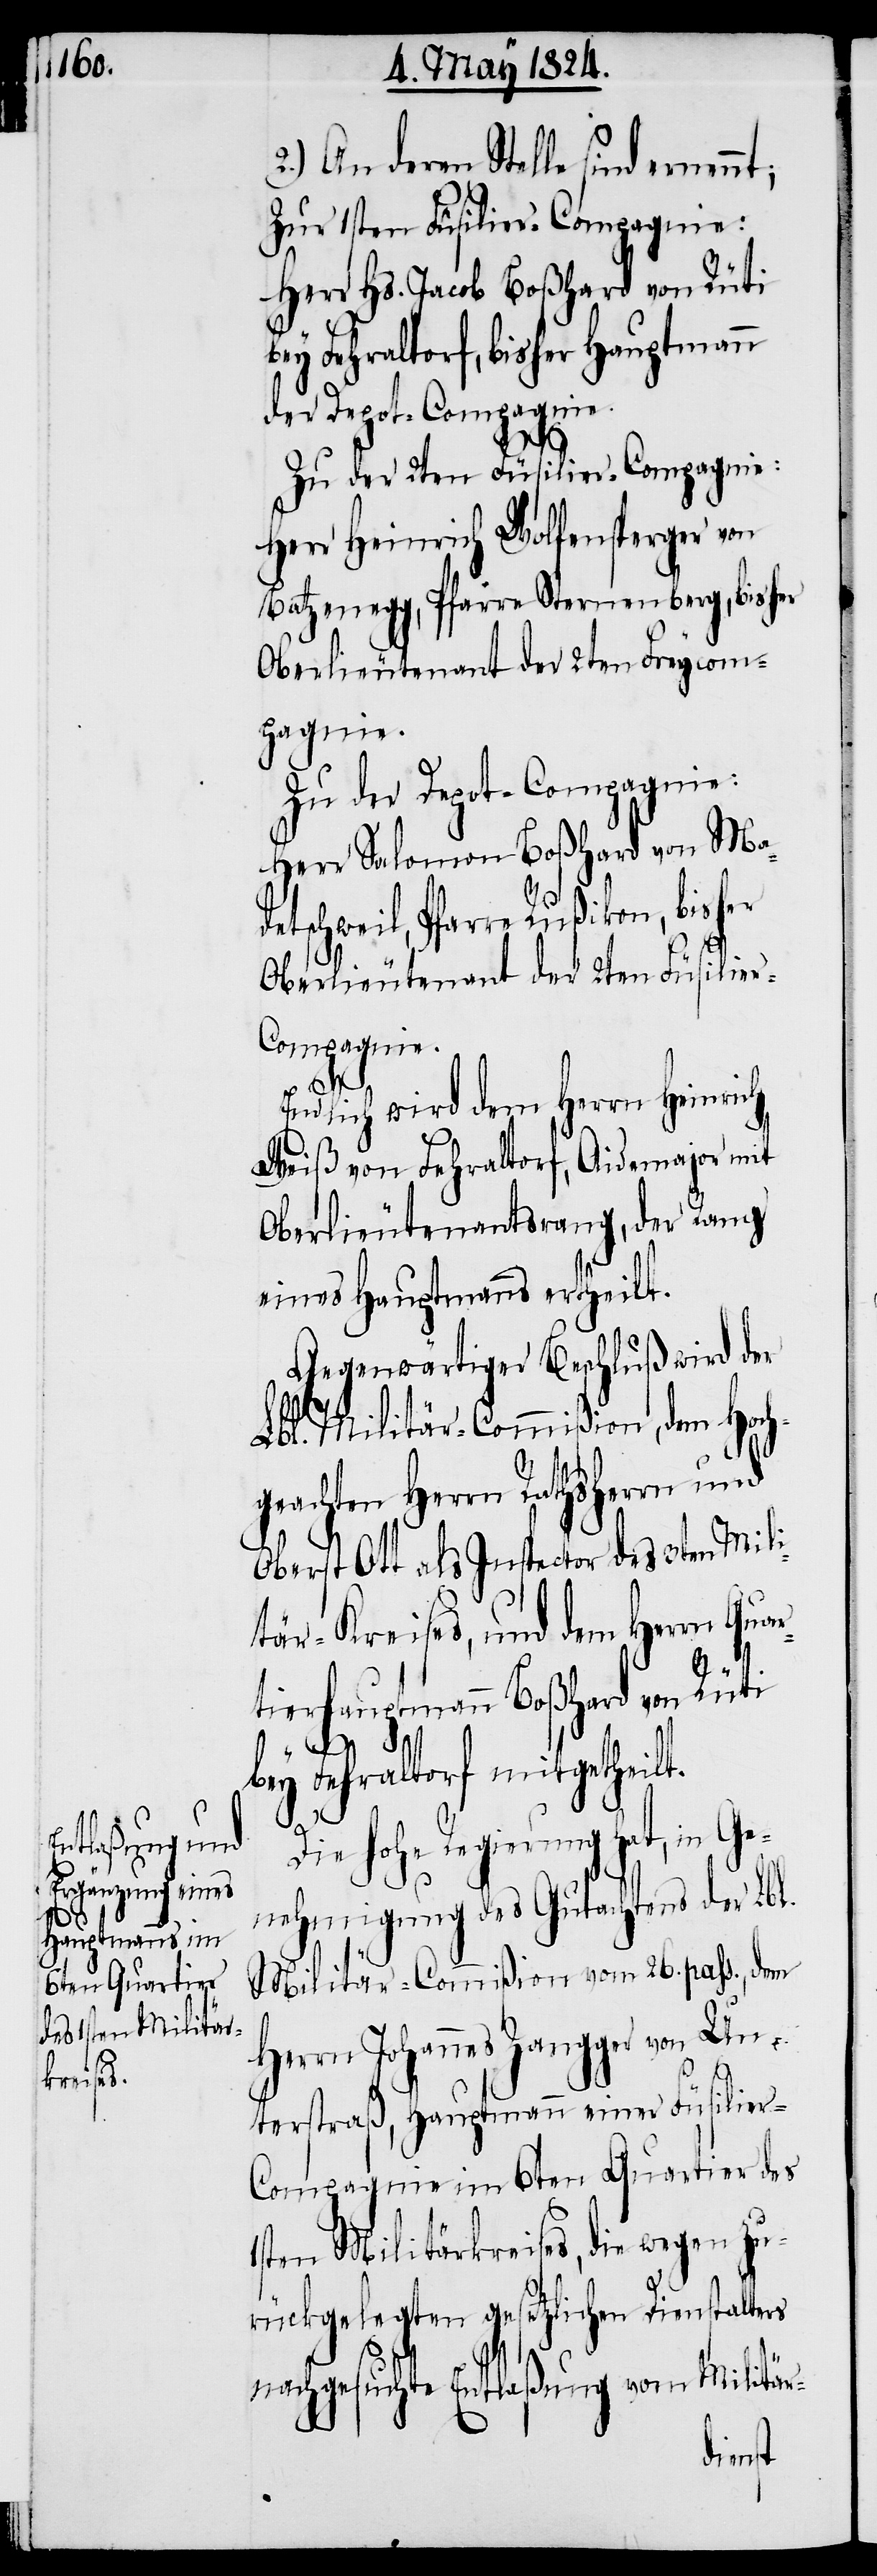
2.) An deren Stelle sind ernenn¬
Zur 1sten Füsilier-Compagnie:
Herr Hs. Jacob Boßhard von Rüti
bey Fehraltorf, bisher Hauptmann
der Depot-Compagnie.
Zu der 2ten Füsilier-Compagnie:
Herr Heinrich Wolfensperger von
Batzenegg, Pfarre Sternenberg, bisher
Oberlieutenant der 2ten Freycom¬
pagnie.
Zu der Depot-Compagnie:
Herr Salomon Boßhard von Mad¬
etschweil, Pfarre Rußikon, bisher
Oberlieutenant der 2ten Füsilie¬
r-Compagnie.
Endlich wird dem Herrn Heinrich
Weiß von Fehraltorf, Aidemajor mit
Oberlieutenantsrang, der Rang
eines Hauptmanns ertheilt.
Gegenwärtiger Beschluß wird der
Lbl. Militär-Commißion, dem Hoch¬
geachten Herrn Rathsherrn und
Oberst Ott als Inspector des 3ten Mili¬
tär-Kreises, und dem Herrn Quar¬
t;
tierhauptmann Boßhard von Rüti
bey Fehraltorf mitgetheilt.
Die hohe Regierung hat, in G¬
enehmigung des Gutachtens der Lbl.
Militär-Commißion vom 26. pass., dem
Herrn Johannes Zangger von Un¬
terstraß, Hauptmann einer Füsilier-C¬
ompagnie im 6ten Quartier des
1sten Militärkreises, die wegen zu¬
rückgelegten gesetzlichen Dienstalters
nachgesuchte Entlaßung vom Militär-